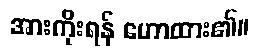
အားကိုးရန် ဟောထား၏။